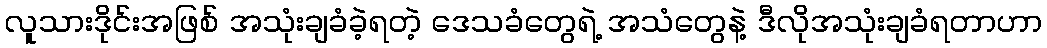
လူသားဒိုင်းအဖြစ် အသုံးချခံခဲ့ရတဲ့ ဒေသခံတွေရဲ့ အသံတွေနဲ့ ဒီလိုအသုံးချခံရတာဟာ